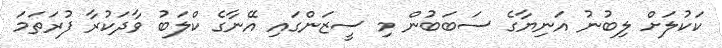
ކަކުލަށް ލިބުނު އަނިޔާގެ ސަބަބުން މި ސީޒަންގައި އޭނާގެ ކްލަބު ވާދަކުރާ ފުރަތަމަ